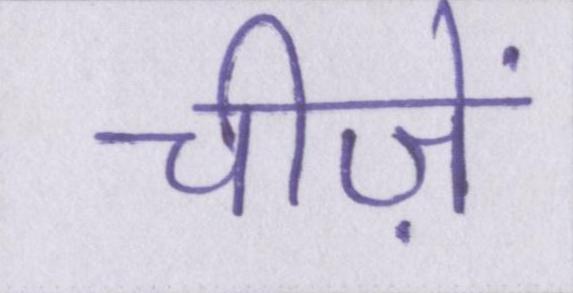
चीज़ें